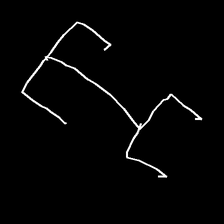
Glyph: entwine